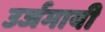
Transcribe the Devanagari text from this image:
उर्जमायी